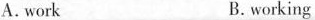
A.work B.working